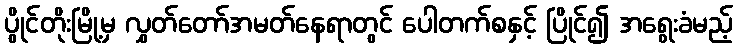
ပွိုင်တိုးမြို့မှ လွှတ်တော်အမတ်နေရာတွင် ပေါတက်စနှင့် ပြိုင်၍ အရွေးခံမည့်